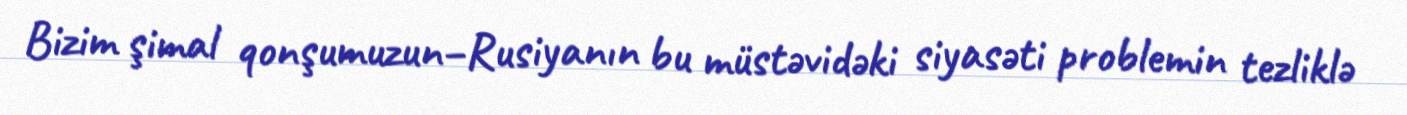
Bizim şimal qonşumuzun–Rusiyanın bu müstəvidəki siyasəti problemin tezliklə